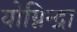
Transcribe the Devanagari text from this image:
योग्निन्द्रा